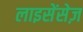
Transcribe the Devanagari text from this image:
लाइसेंसेज़